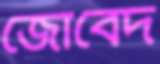
জোবেদ